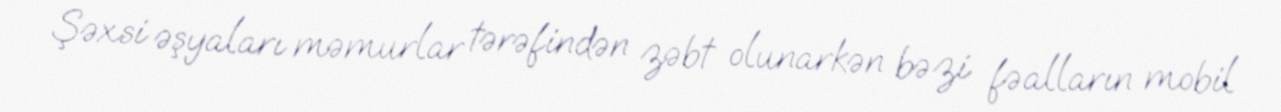
Şəxsi əşyaları məmurlar tərəfindən zəbt olunarkən bəzi fəalların mobil